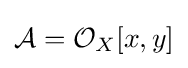
{\mathcal {A}}={\mathcal {O}}_{X}[x,y]